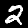
Digit: 2